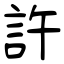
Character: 許